Report of the Indian Hemp Drugs Commission, 1894-1895 - Volume IV
Year: 1894
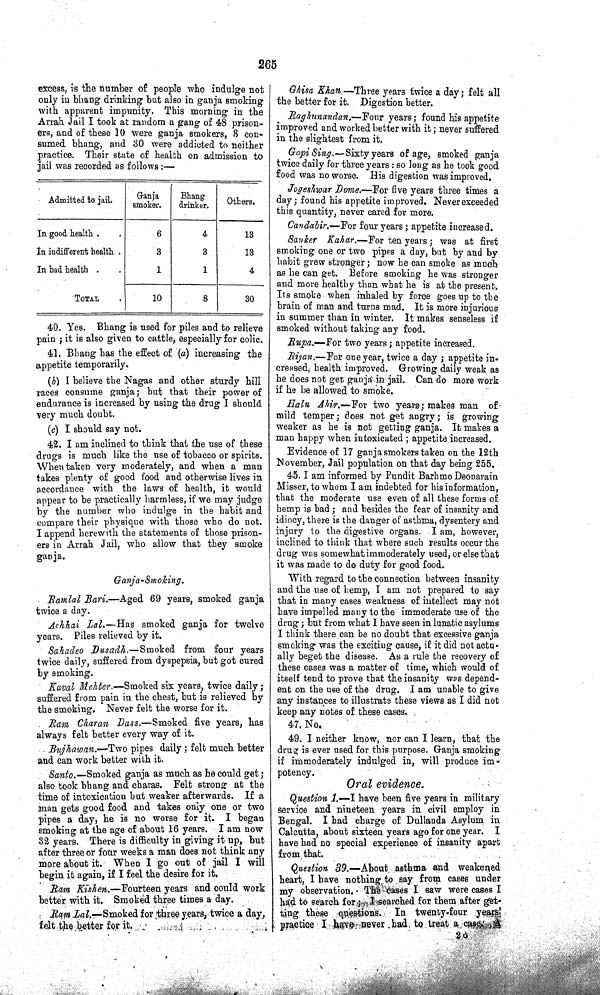
265
excess, is the number of people who indulge not
only in bhang drinking but also in ganja smoking
with apparent impunity. This morning in the
Arrah Jail I took at random a gang of 48 prison-
ers, and of these 10 were ganja smokers, 8 con-
sumed bhang, and 30 were addicted to neither
practice. Their state of health on admission to
jail was recorded as follows:—
Admitted to jail.
Ganja
Bhang
Others.
Admitted to jail.
smoker.
drinker.
Others.
In good health
6
4
13
In indifferent health
3
3
13
In bad health
1
1
4
TOTAL
10
8
30
40. Yes. Bhang is used for piles and to relieve
pain; it is also given to cattle, especially for colic.
41. Bhang has the effect of (a) increasing the
appetite temporarily.
(b) I believe the Nagas and other sturdy hill
races consume ganja; but that their power of
endurance is increased by using the drug I should
very much doubt.
(c) I should say not.
42. I am inclined to think that the use of these
drugs is much like the use of tobacco or spirits.
When taken very moderately, and when a man
takes plenty of good food and otherwise lives in
accordance with the laws of health, it would
appear to be practically harmless, if we may judge
by the number who indulge in the habit and
compare their physique with those who do not.
I append herewith the statements of those prison-
ers in Arrah Jail, who allow that they smoke
ganja.
Ganja-Smoking.
Ramlal
Bari.—Aged 69 years, smoked ganja
twice a day.
Achhai Lal.—Has smoked ganja for twelve
years. Piles relieved by it.
Sahadeo Dusadh.—Smoked from four years
twice daily, suffered from dyspepsia, but got cured
by smoking.
Kaval Mehter.—Smoked six years, twice daily;
suffered from pain in the chest, but is relieved by
the smoking. Never felt the worse for it.
Ram
Charan Dass.—Smoked five years, has
always felt better every way of it.
Bujhawan.—Two pipes daily; felt much better
and can work better with it.
Santo.—Smoked ganja as much as he could get;
also took bhang and charas. Felt strong at the
time of intoxication but weaker afterwards. If a
man gets good food and takes only one or two
pipes a day, he is no worse for it. I began
smoking at the age of about 16 years. I am now
32 years. There is difficulty in giving it up, but
after three or four weeks a man does not think any
more about it. When I go out of jail I will
begin it again, if I feel the desire for it.
Ram Kishen.—Fourteen years and could work
better with it. Smoked three times a day.
Ram Lal.—Smoked for three years, twice a day,
felt the better for it.
Ghisa Khan.—Three years twice a day; felt all
the better for it. Digestion better.
Raghunandan.—Four years; found his appetite
improved and worked better with it; never suffered
in the slightest from it.
Gopi Sing.—Sixty years of age, smoked ganja
twice daily for three years : so long as he took good
food was no worse. His digestion was improved.
Jogeshwar Dome.—For five years three times a
day; found his appetite improved. Never exceeded
this quantity, never cared for more.
Candabir.—For four years; appetite increased.
Sanker Kahar.—For ten years; was at first
smoking one or two pipes a day, but by and by
habit grew stronger; now he can smoke as much
as he can get. Before smoking he was stronger
and more healthy than what he is at the present.
Its smoke when inhaled by force goes up to the
brain of man and turns mad. It is more injurious
in summer than in winter. It makes senseless if
smoked without taking any food.
Rupa.—For two years; appetite increased.
Rijan.—For one year, twice a day; appetite in-
creased health improved. Growing daily weak as
he does not get ganja in jail. Can do more work
if he be allowed to smoke.
Halu Ahir.—For two years; makes man of
mild temper; does not get angry; is growing
weaker as he is not getting ganja. It makes a
man happy when intoxicated; appetite increased.
Evidence of 17 ganja smokers taken on the 12th
November, Jail population on that day being 255.
45. I am informed by Pundit Barhmo Deonarain
Misser, to whom I am indebted for his information,
that the moderate use even of all these forms of
hemp is bad; and besides the fear of insanity and
idiocy, there is the danger of asthma, dysentery and
injury to the digestive organs. I am, however,
inclined to think that where such results occur the
drug was somewhat immoderately used, or else that
it was made to do duty for good food.
With regard to the connection between insanity
and the use of hemp, I am not prepared to say
that in many cases weakness of intellect may not
have impelled many to the immoderate use of the
drug; but from what I have seen in lunatic asylums
I think there can be no doubt that excessive ganja
smoking was the exciting cause, if it did not actu-
ally beget the disease. As a rule the recovery of
these cases was a matter of time, which would of
itself tend to prove that the insanity was depend-
ent on the use of the drug. I am unable to give
any instances to illustrate these views as I did not
keep any notes of these cases.
47.
No.
49. I neither know, nor can I learn, that the
drug is ever used for this purpose. Ganja smoking
if immoderately indulged in, will produce im-
potency.
Oral evidence.
Question 1.—I have been five years in military
service and nineteen years in civil employ in
Bengal. I had charge of Dullanda Asylum in
Calcutta, about sixteen years ago for one year. I
have had no special experience of insanity apart
from that.
Question 39.—About asthma and weakened
heart, I have nothing to say from cases under
my observation. The cases I saw were cases I
had to search for; I searched for them after get-
ting these questions. In twenty-four years'
practice I have never bad to treat a case. A
2 O